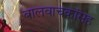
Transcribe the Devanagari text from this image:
बालवाचकांसह